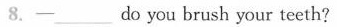
8.-___do you brush your teeth?